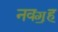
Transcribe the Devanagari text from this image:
नवॻह